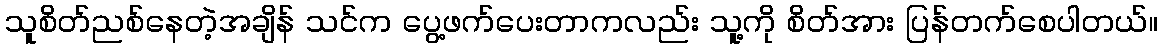
သူစိတ်ညစ်နေတဲ့အချိန် သင်က ပွေ့ဖက်ပေးတာကလည်း သူ့ကို စိတ်အား ပြန်တက်စေပါတယ်။